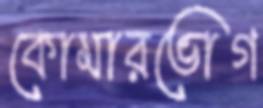
কোমারভোগ